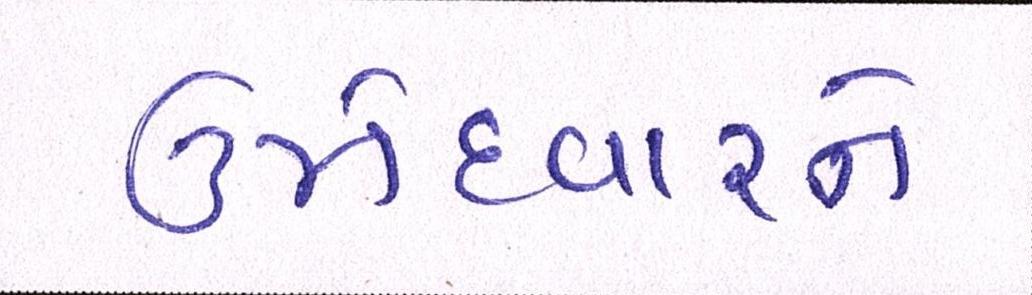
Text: ઉમેદવારને